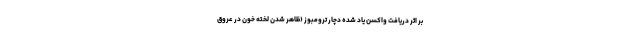
بر اثر دریافت واکسن یاد شده دچار ترومبوز (ظاهر شدن لخته خون در عروق